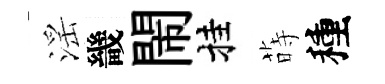
滛畿閙挂蒔種